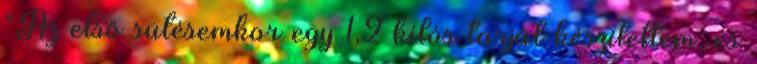
“Az első sütésemkor egy 1,2 kilós tarját készítettem, és